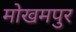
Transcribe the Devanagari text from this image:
मोखमपुर